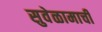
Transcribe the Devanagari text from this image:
सुवेळामाची